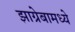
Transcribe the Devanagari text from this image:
झाग्रेबामध्ये